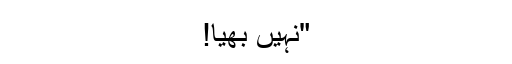
"نہیں بھیّا!